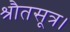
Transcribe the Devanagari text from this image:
श्रौतसूत्र।